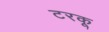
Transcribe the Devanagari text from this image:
टरकू